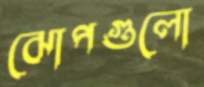
ঝোপগুলো